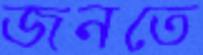
জনতে